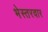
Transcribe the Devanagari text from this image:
भेस्तरवार